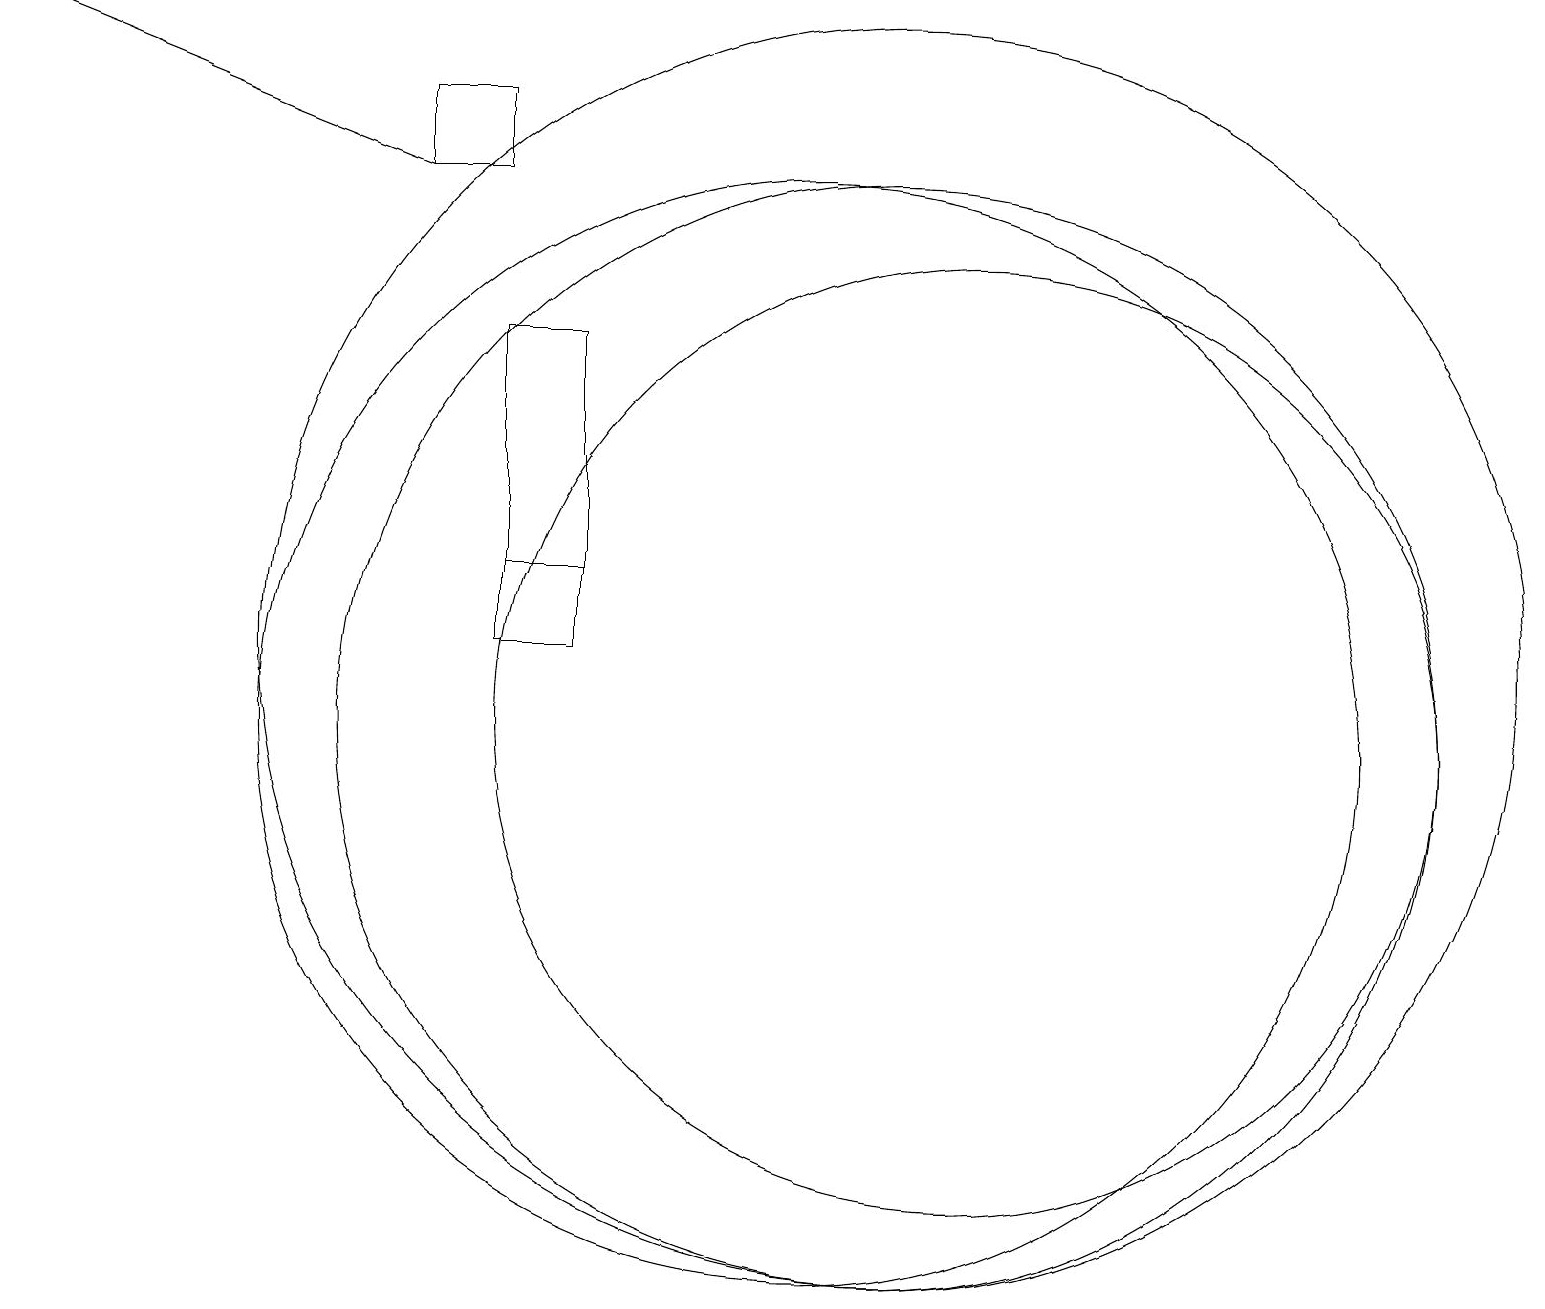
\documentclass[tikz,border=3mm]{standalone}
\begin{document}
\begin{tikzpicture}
\draw (10,10) circle (7);
\draw (11,11) circle (8);
\draw (5,18) rectangle (6,17);
\draw (7,12) rectangle (6,12);
\draw (12,10) circle (6);
\draw[->] (5,17) -- (0,19);
\draw (6,15) rectangle (7,11);
\draw (11,10) circle (7);
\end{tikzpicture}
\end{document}